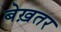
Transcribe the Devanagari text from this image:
बेख़तर